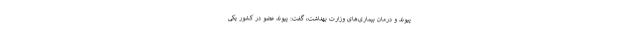
پیوند و درمان بیماری‌های وزارت بهداشت، گفت: پیوند عضو در کشور یکی